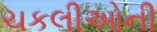
ચકલીઓની